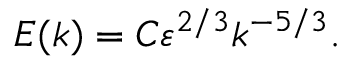
E ( k ) = C \varepsilon ^ { 2 / 3 } k ^ { - 5 / 3 } .